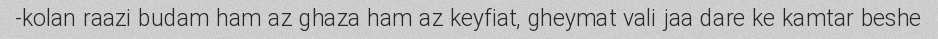
kolan raazi budam ham az ghaza ham az keyfiat, gheymat vali jaa dare ke kamtar beshe-